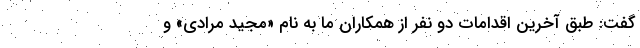
گفت: طبق آخرین اقدامات دو نفر از همکاران ما به نام «مجید مرادی» و